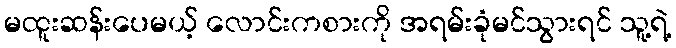
မထူးဆန်းပေမယ့် လောင်းကစားကို အရမ်းခုံမင်သွားရင် သူ့ရဲ့